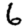
Digit: 6